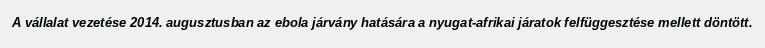
A vállalat vezetése 2014. augusztusban az ebola járvány hatására a nyugat-afrikai járatok felfüggesztése mellett döntött.